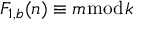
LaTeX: F _ { 1 , b } ( n ) \equiv m { \bmod { k } }